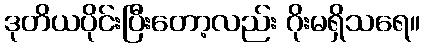
ဒုတိယပိုင်းပြီးတော့လည်း ဂိုးမရှိသရေ။